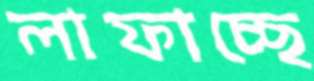
লাফাচ্ছে